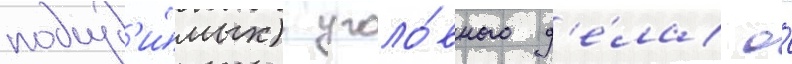
подсуд'и́мых) уголо́вного д'е́ла о́